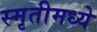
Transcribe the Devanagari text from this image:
स्मृतीमध्ये